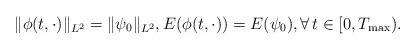
LaTeX: \begin{align*}\| \phi(t, \cdot)\|_{L^2} = \| \psi_0 \|_{L^2}, E(\phi(t, \cdot)) = E(\psi_0), \forall \, t\in [0, T_{\rm max}).\end{align*}